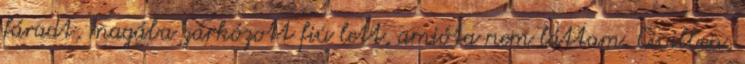
fáradt, magába zárkózott fiú lett, amióta nem láttam. Civilben,